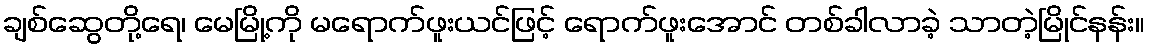
ချစ်ဆွေတို့ရေ၊ မေမြို့ကို မရောက်ဖူးယင်ဖြင့် ရောက်ဖူးအောင် တစ်ခါလာခဲ့ သာတဲ့မြိုင်နန်း။